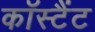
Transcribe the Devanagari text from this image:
कॉस्टैंट